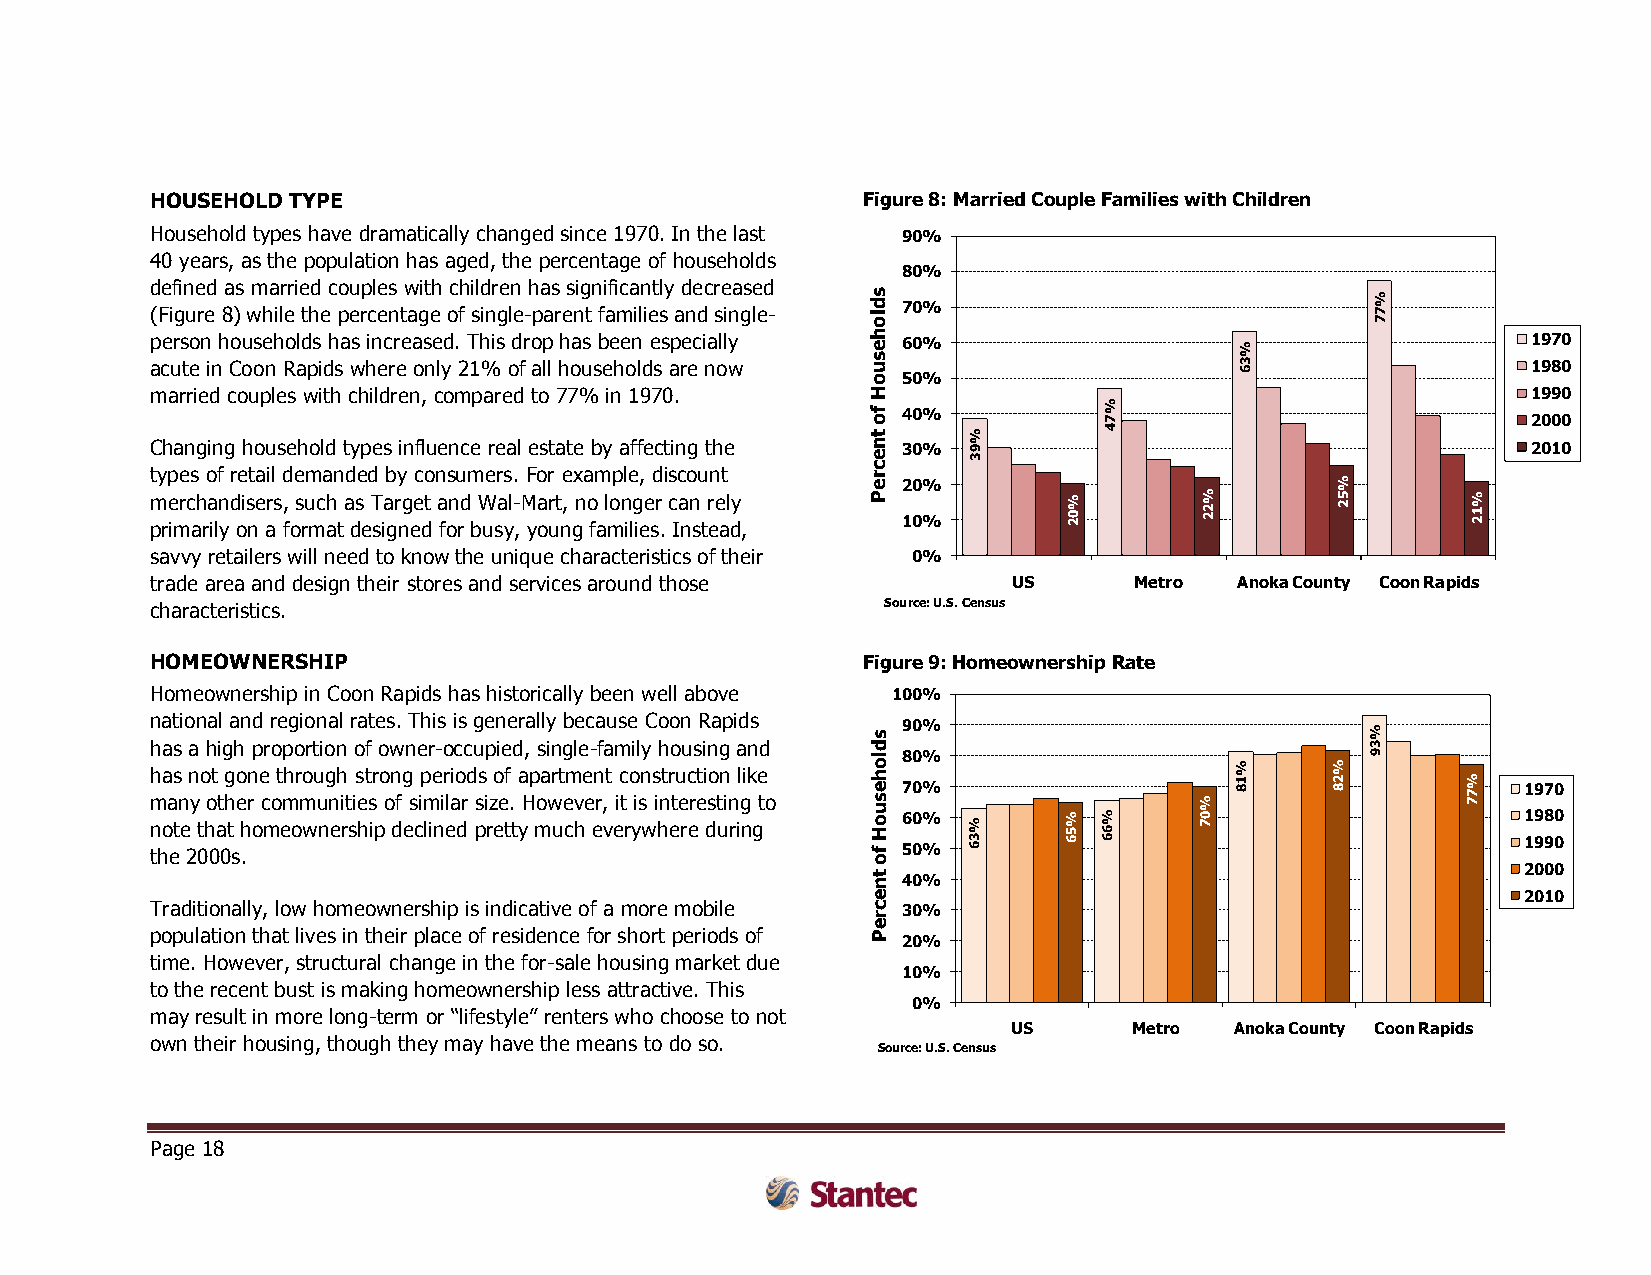
HOUSEHOLD TYPE                                 Figure 8: Married Couple Families with Children
 Household types have dramatically changed since 1970. In the last 90%
 40 years, as the population has aged, the percentage of households
 80%
 defined as married couples with children has significantly decreased
 s                                %
 (Figure 8) while the percentage of single-parent families and single- d lo 70%   7 7
 person households has increased. This drop has been especially h e 60%  %                  1970
 acute in Coon Rapids where only 21% of all households are now s u       3 6                1980
 o 50%
 married couples with children, compared to 77% in 1970. H                                  1990
 f o 40%
 %
 7                           2000
 t     %        4
 Changing household types influence real estate by affecting the n e 30% 9 3                2010
 types of retail demanded by consumers. For example, discount c r e 20%        %
 m pre imrc ah ra iln yd ois ne ars , f os ru mc ah t a ds e T sia gr ng ee dt a fon rd b W usa yl- , M ya or ut n, gn o fa l mon ilg iee sr . c Ia nn s tr ee al dy , P 10% % 0 2 % 2 2 5 2 % 1 2
 savvy retailers will need to know the unique characteristics of their 0%
 trade area and design their stores and services around those US  Metro  Anoka County Coon Rapids
 characteristics.                                 Source: U.S. Census
 HOMEOWNERSHIP                                  Figure 9: Homeownership Rate
 Homeownership in Coon Rapids has historically been well above 100%
 national and regional rates. This is generally because Coon Rapids
 s 90%                            %
 has a high proportion of owner-occupied, single-family housing and d             3
 h ma as n n yo ot tg ho en r e c ot mhr mou ug nh it is et sr o on fg s ip me ir laio rd ss i zo ef . a Hp oa wrt em ve en r,t ic t o isn s intr tu ec reti so tn in l gik e to
 lo
 h e s u
 78 00 %%
 %  % 1 8 % 2 8
 9
 % 7 7 1970
 n tho et e 2 0th 0a 0t s h . omeownership declined pretty much everywhere during o H f o 56 00 %% % 3 6 % 5 6 % 6 6 0 7 1 19 98 90 0
 t n 40%
 2000
 e                                          2010
 Traditionally, low homeownership is indicative of a more mobile c r 30%
 e
 population that lives in their place of residence for short periods of P 20%
 time. However, structural change in the for-sale housing market due
 10%
 to the recent bust is making homeownership less attractive. This
 0%
 may result in more long-term or “lifestyle” renters who choose to not
 US      Metro  Anoka County Coon Rapids
 own their housing, though they may have the means to do so.
 Source: U.S. Census
 Page 18